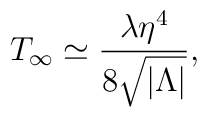
T_\infty \simeq {\lambda\eta^4\over 8\sqrt{|\Lambda|}},